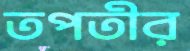
তপতীর